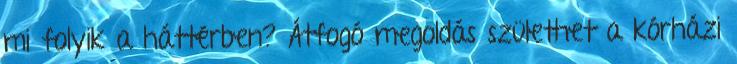
mi folyik a háttérben? Átfogó megoldás születhet a kórházi